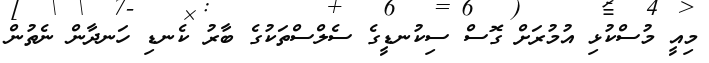
މިއީ މުސްކުޅި އުމުރަށް ގޮސް ސިކުނޑީގެ ސެލްސްތަކުގެ ބާރު ކެނޑި ހަނދާން ނެތުން